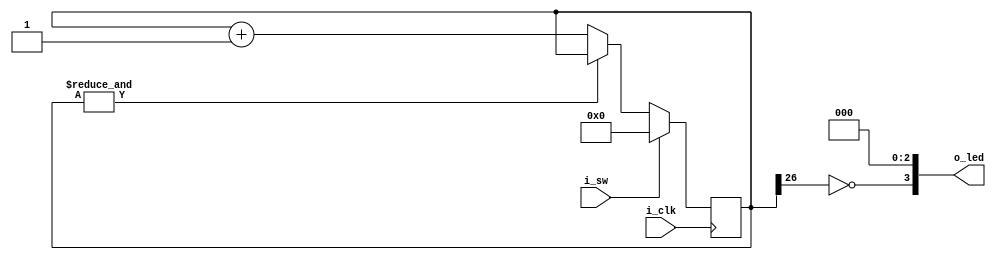
module blinky(i_clk, i_sw, o_led);

    input wire i_clk;
    input wire i_sw;
    output wire [3:0] o_led;

    parameter WIDTH = 27;

    reg [WIDTH-1:0] counter;

    initial counter = 0;

    assign o_led[3] = !counter[WIDTH-1];
    assign o_led[2] = 0;
    assign o_led[1] = 0;
    assign o_led[0] = 0;

    always @(posedge i_clk)
    begin
        if (i_sw)
        begin
            // If the switch is on, the led is lit
            counter <= 0;
        end
        else
        begin 
            // If the switch is off, the led stays lit until
            // all bits in counter become are set.
            // This increases the time the led stays lit after the 
            // switch turns off.
            if (!&counter)
            begin
                counter <= counter + 1'b1;
            end
        end        
    end

endmodule